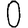
Digit: 0